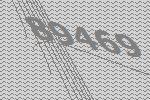
89469